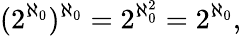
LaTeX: (2^{\aleph_{0}})^{\aleph_{0}}=2^{\aleph_{0}^{2}}=2^{\aleph_{0}},